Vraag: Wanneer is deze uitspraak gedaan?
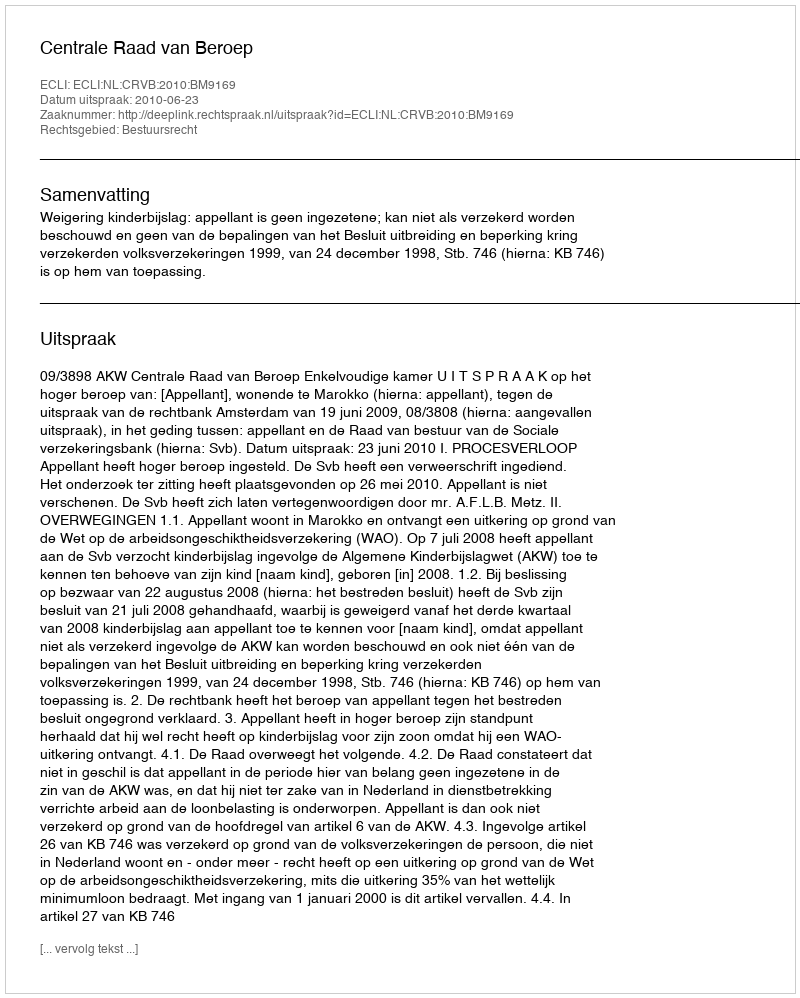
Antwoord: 2010-06-23